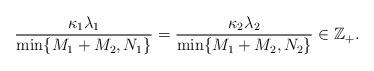
LaTeX: \begin{align*} \frac{\kappa_1\lambda_1}{\min\{M_1+M_2,N_1\}} = \frac{\kappa_2\lambda_2}{\min\{M_1+M_2,N_2\}} \in \mathbb{Z}_+.\end{align*}